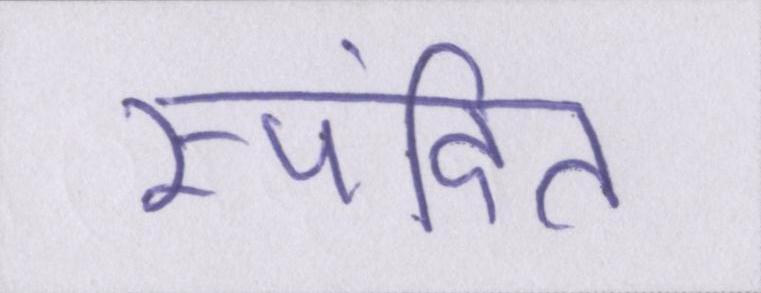
स्पंदित